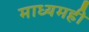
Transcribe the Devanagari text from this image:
माध्यमही